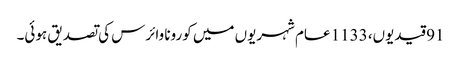
91 قیدیوں، 1133 عام شہریوں میں کورونا وائرس کی تصدیق ہوئی۔